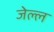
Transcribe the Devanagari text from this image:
जेल्ल